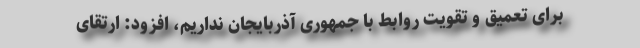
برای تعمیق و تقویت روابط با جمهوری آذربایجان نداریم، افزود: ارتقای